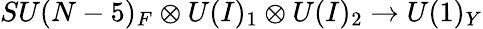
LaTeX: SU(N-5)_{F}\otimes U(I)_{1}\otimes U(I)_{2}\to U(1)_{Y}